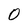
Character: 0